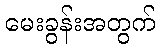
မေးခွန်းအတွက်